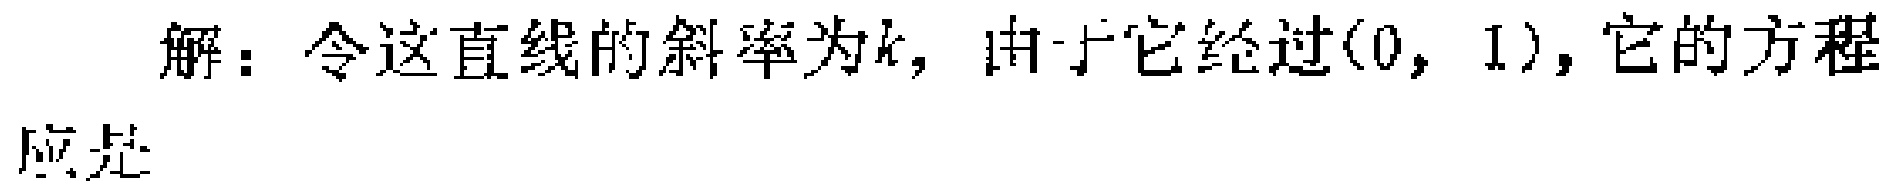
解：令这直线的斜率为\(k\)，由于它经过\((0, 1)\)，它的方程应是